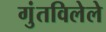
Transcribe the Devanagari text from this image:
गुंतविलेले